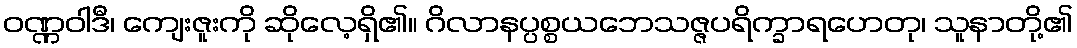
ဝဏ္ဏဝါဒီ၊ ကျေးဇူးကို ဆိုလေ့ရှိ၏။ ဂိလာနပ္ပစ္စယဘေသဇ္ဇပရိက္ခာရဟေတု၊ သူနာတို့၏